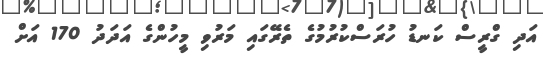
އަދި ގްރީސް ކަނޑު ހުރަސްކުރުމުގެ ތެރޭގައި މަރުވި މީހުންގެ އަދަދު 170 އަށް